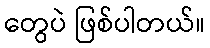
တွေပဲ ဖြစ်ပါတယ်။